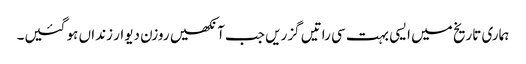
ہماری تاریخ میں ایسی بہت سی راتیں گزریں جب آنکھیں روزن دیوار زنداں ہو گئیں۔